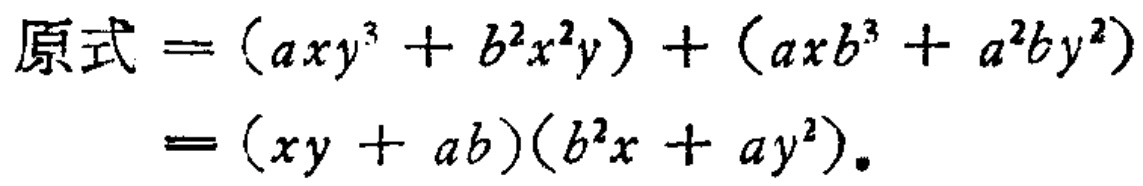
\[
\begin{align*}
原式&=(axy^{3}+b^{2}x^{2}y)+(axb^{3}+a^{2}by^{2})\\
&=(xy + ab)(b^{2}x+ay^{2})
\end{align*}
\]